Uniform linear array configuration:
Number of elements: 64
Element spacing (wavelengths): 0.5
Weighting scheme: exponential
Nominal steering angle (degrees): -30
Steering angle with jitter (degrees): -29.74
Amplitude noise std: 0.05
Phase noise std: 0.05

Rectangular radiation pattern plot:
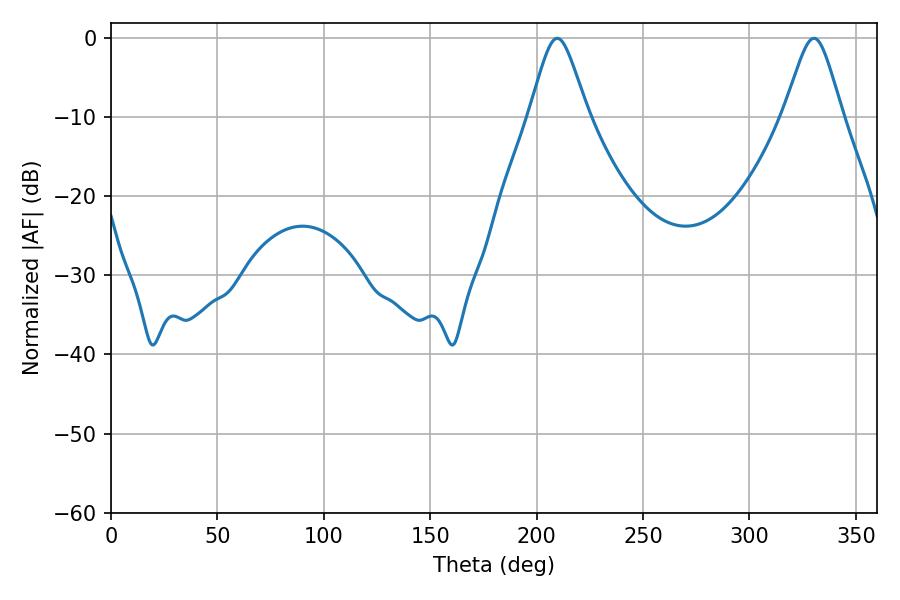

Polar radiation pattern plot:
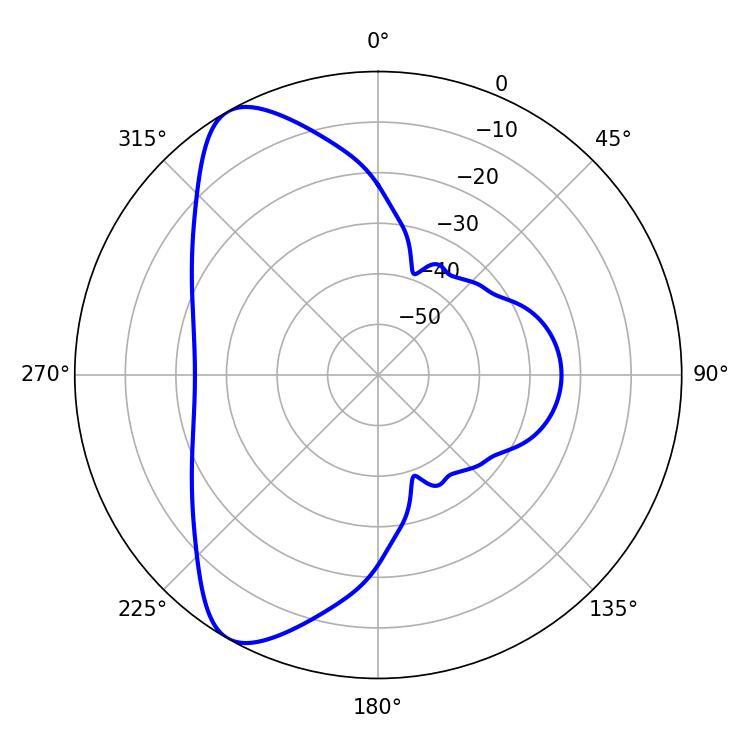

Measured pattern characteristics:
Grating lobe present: FALSE
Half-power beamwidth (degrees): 13.32
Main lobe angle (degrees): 209.7